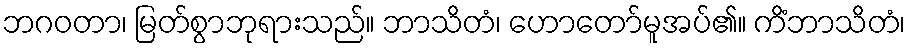
ဘဂဝတာ၊ မြတ်စွာဘုရားသည်။ ဘာသိတံ၊ ဟောတော်မူအပ်၏။ ကိံဘာသိတံ၊